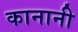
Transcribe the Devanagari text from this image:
कानानी